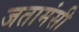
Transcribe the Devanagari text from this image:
जतामंसी